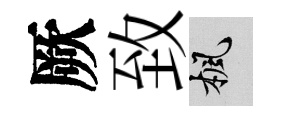
厥致楓